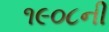
૧૯૦૮ની